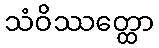
သံဝိဿတ္ထော